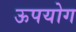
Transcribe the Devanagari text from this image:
ऊपयोग